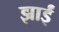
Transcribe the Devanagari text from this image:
झाईं